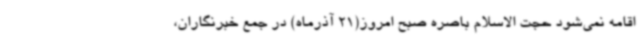
اقامه نمی‌شود حجت الاسلام باصره صبح امروز(21 آذرماه) در جمع خبرنگاران،